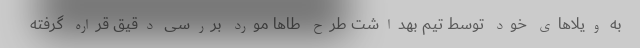
به ویلاهای خود توسط تیم بهداشت طرح طاها مورد بررسی دقیق قراره گرفته